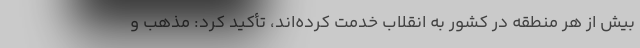
بیش از هر منطقه در کشور به انقلاب خدمت کرده‌اند، تأکید کرد: مذهب و